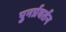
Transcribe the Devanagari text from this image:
पुनर्प्रवर्तन